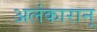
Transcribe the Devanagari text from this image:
अलंकारान्